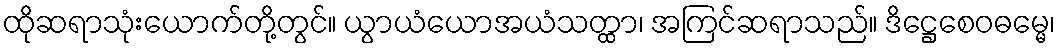
ထိုဆရာသုံးယောက်တို့တွင်။ ယွာယံယောအယံသတ္ထာ၊ အကြင်ဆရာသည်။ ဒိဋ္ဌေစေဝဓမ္မေ၊